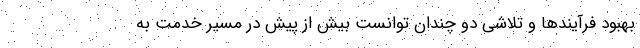
بهبود فرآیندها و تلاشی دو چندان توانست بیش از پیش در مسیر خدمت به